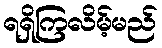
ရရှိကြလိမ့်မည်